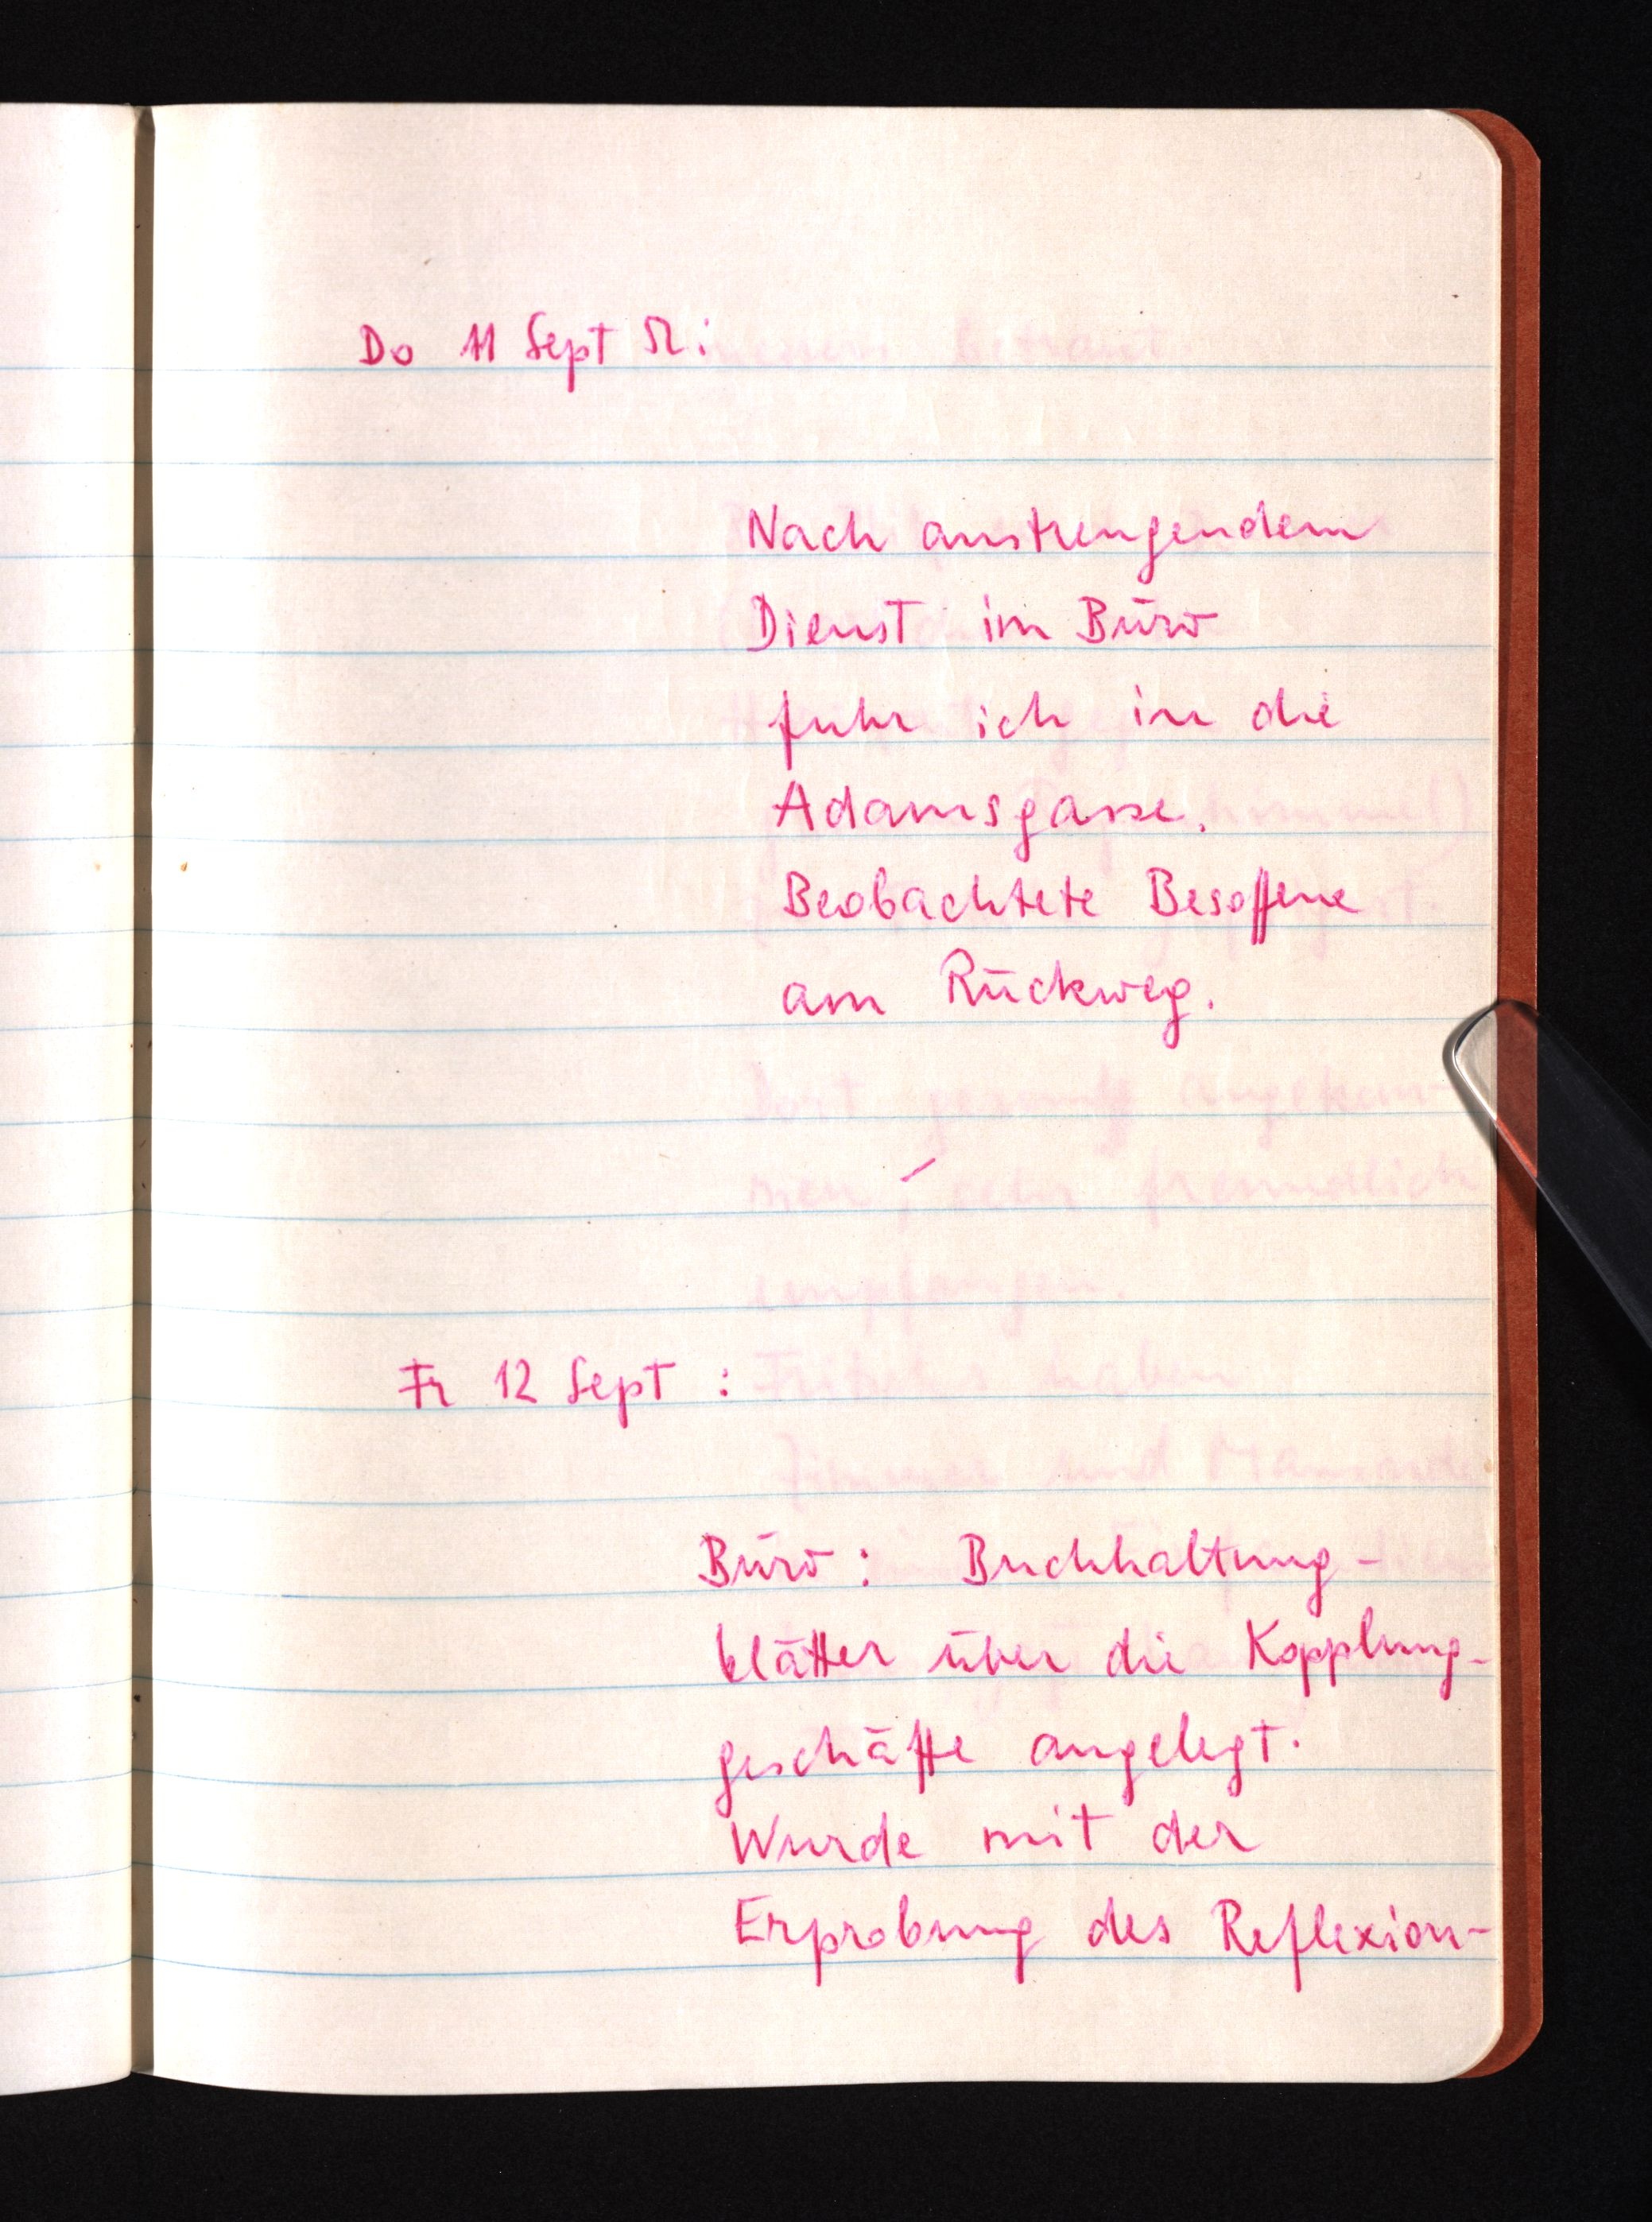
Do 11 Sept 52:
Nach anstrengendem
Dienst im Büro
fuhr ich in die
Adamsgasse.
Beobachtete Besoffene
am Rückweg.
Fr 12 Sept:
Büro: Buchhaltung¬
blätter über die Kopplung¬
geschäfte angelegt.
Wurde mit der
Erprobung des Reflexion¬